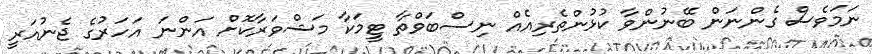
ނަމަވެސް ގެންނަން ބޭނުންވާ ކުޅުންތެރިއެއް ނިސްބަވްތާ ޓީމަކާ މަޝްވަރާކޮށް އަންނަ އަހަރުގެ ޖެނުއަރީ